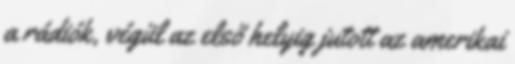
a rádiók, végül az első helyig jutott az amerikai